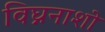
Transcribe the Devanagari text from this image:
विघ्ननाशो